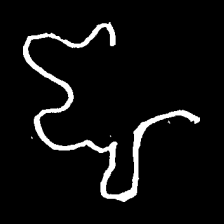
Pyu character \u2014 Myanmar letter: ဈ (romanized: jha)